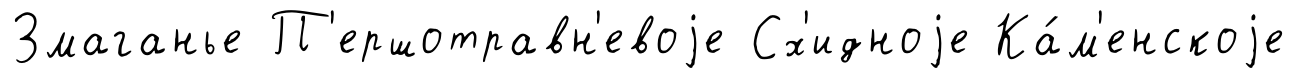
Змаганье П'ершотравн'евоjе Сх'идноjе Ка́м'енскоjе